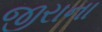
જીરાના